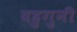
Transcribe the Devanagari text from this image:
बहुगुनी